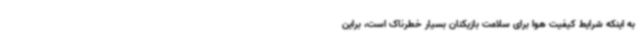
به اینکه شرایط کیفیت هوا برای سلامت بازیکنان بسیار خطرناک است، براین